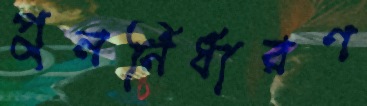
পুনর্নির্ধারণ